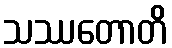
သဿတောတိ